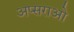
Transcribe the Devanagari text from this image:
अप्सराओ